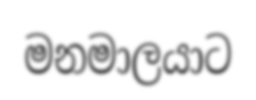
මනමාලයාට